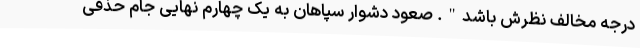
درجه مخالف نظرش باشد". صعود دشوار سپاهان به یک چهارم نهایی جام حذفی